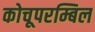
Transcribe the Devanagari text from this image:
कोचूपरम्बिल